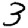
Digit: 3